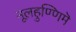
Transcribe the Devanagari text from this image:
नूलहुण्णिमॆ